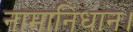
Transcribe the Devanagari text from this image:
नामानिधान।